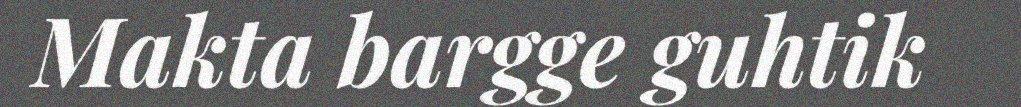
Makta bargge guhtik